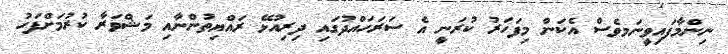
ނިންމާފައިވީނަމވެސް އެކަން މިފަހަރު ކުރަނީ އެ ސަރަހަައްދުގައި ދިރިއުޅޭ ރައްޔިތުންނާއި މަޝްވަރާ ކުރުމަށްފަހު